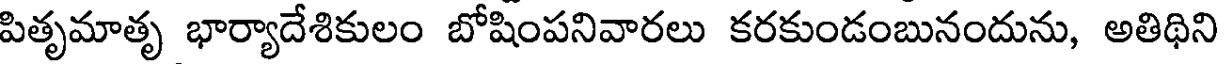
పితృమాతృ భార్యాదేశికులం బోషింపనివారలు కరకుండంబునందును, అతిథిని